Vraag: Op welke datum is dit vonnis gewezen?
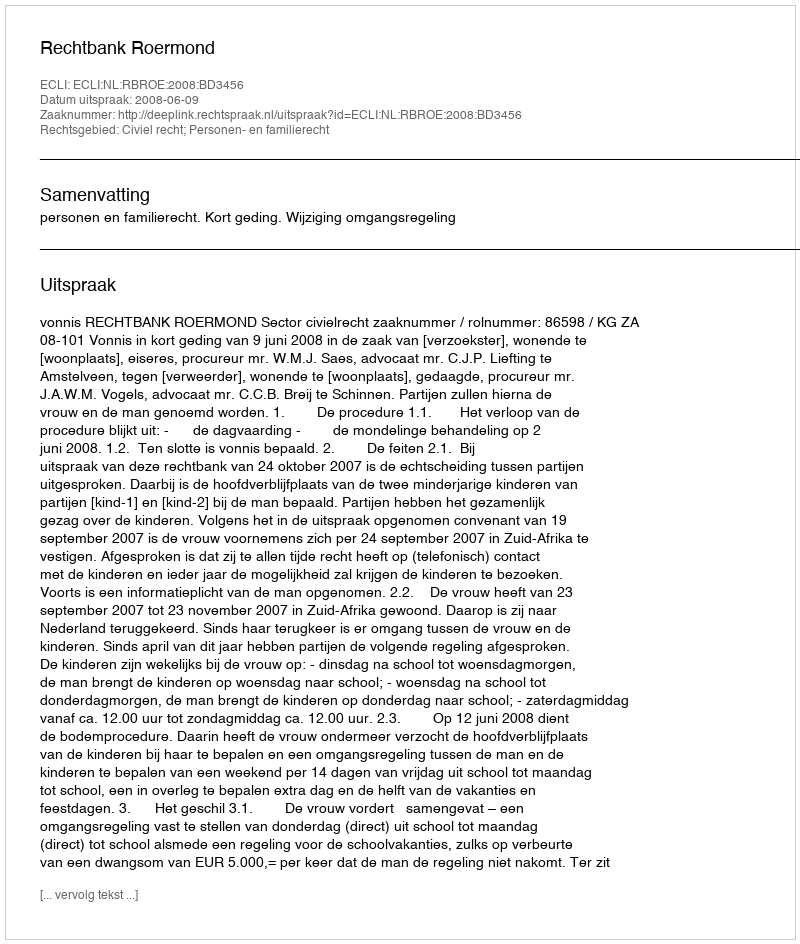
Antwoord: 2008-06-09